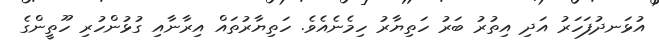
އުޅަނދުފަހަރު އަދި އިތުރު ބަރު ހަތިޔާރު ހިމެނެއެވެ. ހަތިޔާރުތައް އިރާނާއި ގުޅުންހުރި ހޫތީންގެ